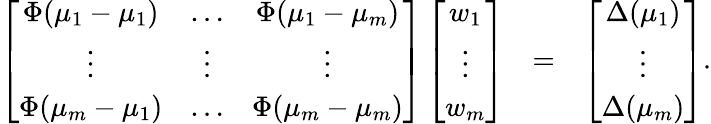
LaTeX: \begin{array}{rcl}{\left[\begin{array}{cccc}{\Phi(\mu_{1}-\mu_{1})}&{\ldots}&{\Phi(\mu_{1}-\mu_{m})}\\ {\vdots}&{\vdots}&{\vdots}\\ {\Phi(\mu_{m}-\mu_{1})}&{\ldots}&{\Phi(\mu_{m}-\mu_{m})}\end{array}\right]\left[\begin{array}{c}{w_{1}}\\ {\vdots}\\ {w_{m}}\end{array}\right]}&{=}&{\left[\begin{array}{c}{\Delta(\mu_{1})}\\ {\vdots}\\ {\Delta(\mu_{m})}\end{array}\right].}\end{array}